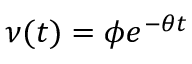
\nu ( t ) = \phi e ^ { - \theta t }